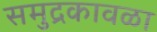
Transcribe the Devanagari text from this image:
समुद्रकावळा